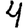
Digit: 4